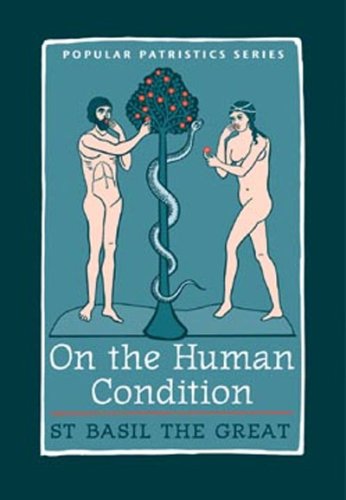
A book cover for On The Human Condition: St Basil the Great (St. Vladimir's Seminary Press "Popular Patristics" Series) (St. Vladimir's Seminary Press "Popular Patristics" Series); Nonna Verna Harrison; Christian Books & Bibles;